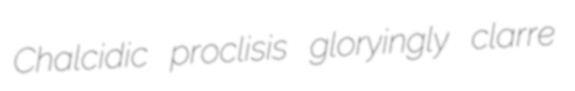
Chalcidic proclisis gloryingly clarre